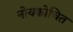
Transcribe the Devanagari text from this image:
नोयकोचित